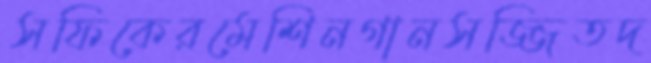
সফিকেরমেশিনগানসজ্জিতদ